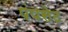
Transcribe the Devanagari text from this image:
पंपसेट